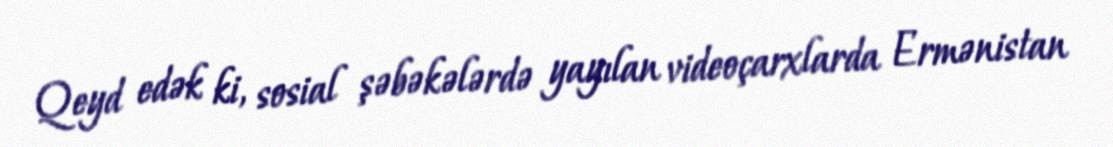
Qeyd edək ki, sosial şəbəkələrdə yayılan videoçarxlarda Ermənistan